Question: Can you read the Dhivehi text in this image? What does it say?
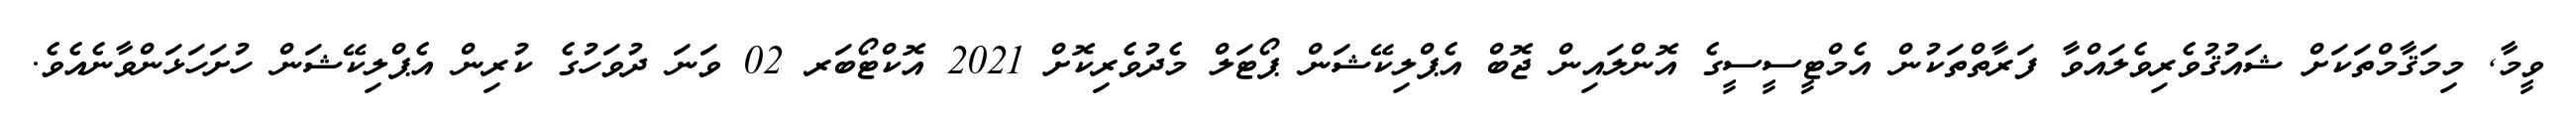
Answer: ވީމާ, މިމަޤާމްތަކަށް ޝައުޤުވެރިވެލައްވާ ފަރާތްތަކުން އެމްޓީސީސީގެ އޮންލައިން ޖޮބް އެޕްލިކޭޝަން ޕޯޓަލް މެދުވެރިކޮށް 2021 އޮކްޓޯބަރ 02 ވަނަ ދުވަހުގެ ކުރިން އެޕްލިކޭޝަން ހުށަހަޅަންވާނެއެވެ.